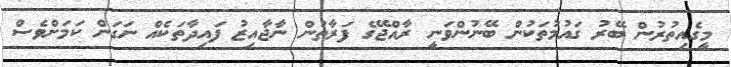
މީގެއިތުރުން ބޭރު ގައުމުތަކުން ބޭނުންވަނީ ރާއްޖޭގެ ފަރާތުން ނާޖާއިޒު ފައިދާތަކެއް ނަގަން ކަމަށްވެސް